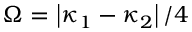
\Omega = \left| \kappa _ { 1 } - \kappa _ { 2 } \right| / 4